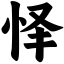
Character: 怿